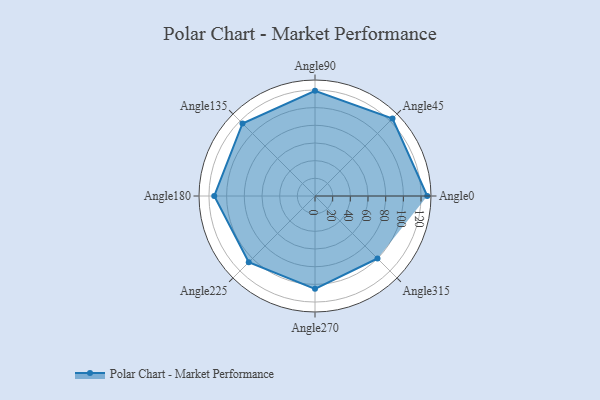
{"axis": {"x": "Angle", "y": "Radius"}, "legend": [""], "data": [{"x": "Angle0", "y": 127.0, "type": ""}, {"x": "Angle45", "y": 124.0, "type": ""}, {"x": "Angle90", "y": 119.0, "type": ""}, {"x": "Angle135", "y": 116.0, "type": ""}, {"x": "Angle180", "y": 114.0, "type": ""}, {"x": "Angle225", "y": 106.0, "type": ""}, {"x": "Angle270", "y": 105.0, "type": ""}, {"x": "Angle315", "y": 100.0, "type": ""}]}